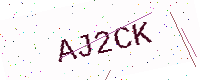
Text: AJ2CK